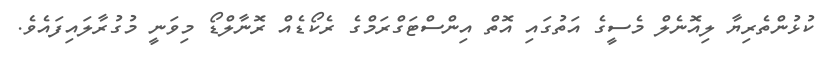
ކުޅުންތެރިޔާ ލިއޮނެލް މެސީގެ އަތުގައި އޮތް އިންސްޓަގްރަމްގެ ރެކޯޑެއް ރޮނާލްޑޯ މިވަނީ މުގުރާލައިފައެވެ.